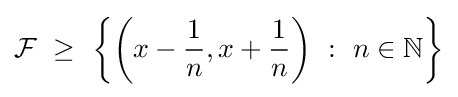
{\mathcal {F}}~\geq ~\left\{\left(x-{\frac {1}{n}},x+{\frac {1}{n}}\right)~:~n\in \mathbb {N} \right\}